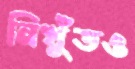
নিখুঁতও